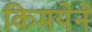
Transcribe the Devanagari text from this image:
किमयेने